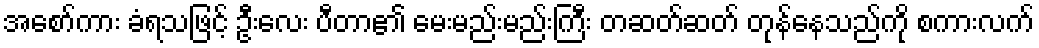
အစော်ကား ခံရသဖြင့် ဦးလေး ပီတာ၏ မေးမည်းမည်းကြီး တဆတ်ဆတ် တုန်နေသည်ကို စကားလက်